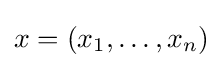
x=(x_{1},\dots ,x_{n})